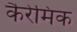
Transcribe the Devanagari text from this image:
कैरेमिक